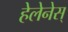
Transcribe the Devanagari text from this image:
हेलेनेस्